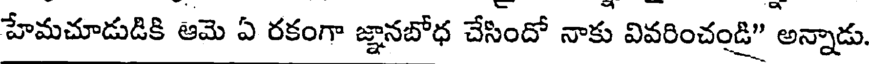
హేమచూడుడికి ఆమె ఏ రకంగా జ్ఞానబోధ చేసిందో నాకు వివరించండి" అన్నాడు.